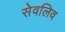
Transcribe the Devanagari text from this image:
सेवलिव